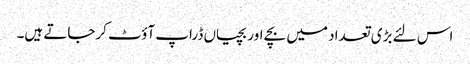
اس لئے بڑی تعداد میں بچے اوربچیاں ڈراپ آؤٹ کرجاتے ہیں۔